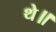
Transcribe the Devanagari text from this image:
थे॥